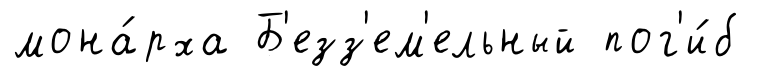
мона́рха Б'езз'ем'ельный пог'и́б